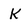
Character: k